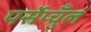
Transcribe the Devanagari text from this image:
पर्सेप्चुँल